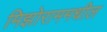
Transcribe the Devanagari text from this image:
मिझोराममधील